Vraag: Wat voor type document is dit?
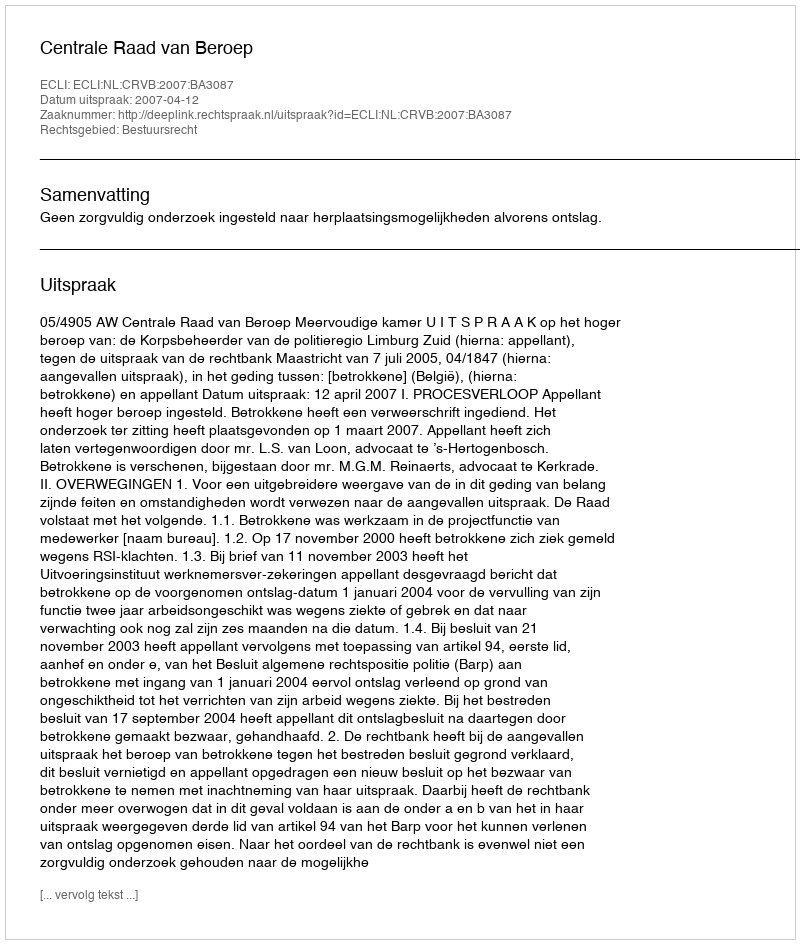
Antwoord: Uitspraak